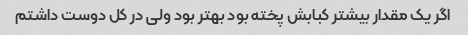
اگر یک مقدار بیشتر کبابش پخته بود بهتر بود ولی در کل دوست داشتم